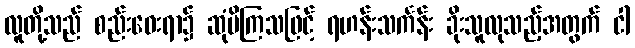
လူတို့သည် စည်းဝေးရာ၌ ဆုံမိကြသဖြင့် ရဟန်းသင်္ကန်း ခိုးသူလုသည့်အတွက် ငါ